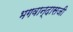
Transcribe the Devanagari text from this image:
भगवान्‌दासजी